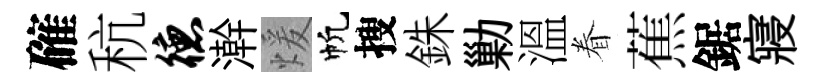
確秔德澣煖帆搜銖勦溫眷蕉鋸寢